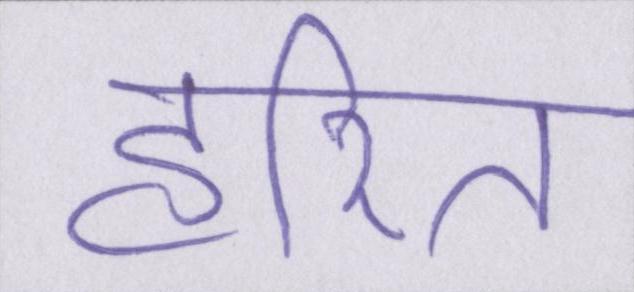
हरित